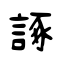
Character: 諑